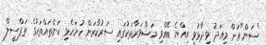
"ސަން"އަށް މިއަދު ވިދާޅުވީ އިއްޔެ ބޭއްވި މަޝްވަރާތަކުގައި ސަރުކާރަށް ހުށަހެޅި ކަންތައްތަކުގެ ތަފްސީލް